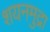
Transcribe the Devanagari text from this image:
शयनमुद्रा